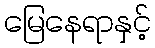
မြေနေရာနှင့်